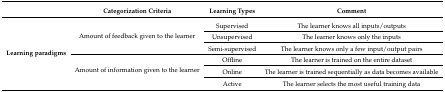
<table><thead><tr><td></td><td><b>Categorization Criteria</b></td><td><b>Learning Types</b></td><td><b>Comment</b></td></tr></thead><tbody><tr><td rowspan="6"><b>Learning paradigms</b></td><td rowspan="3">Amount of feedback given to the learner</td><td>Supervised</td><td>The learner knows all inputs/outputs</td></tr><tr><td>Unsupervised</td><td>The learner knows only the inputs</td></tr><tr><td>Semi-supervised</td><td>The learner knows only a few input/output pairs</td></tr><tr><td rowspan="3">Amount of information given to the learner</td><td>Offline</td><td>The learner is trained on the entire dataset</td></tr><tr><td>Online</td><td>The learner is trained sequentially as data becomes available</td></tr><tr><td>Active</td><td>The learner selects the most useful training data</td></tr></tbody></table>